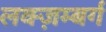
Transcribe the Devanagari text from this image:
लक्ज़म्बर्ग